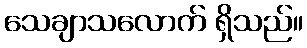
သေချာသလောက် ရှိသည်။